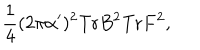
\frac { 1 } { 4 } ( 2 \pi \alpha ^ { \prime } ) ^ { 2 } \mathrm { T r } B ^ { 2 } \mathrm { T r } F ^ { 2 } ,